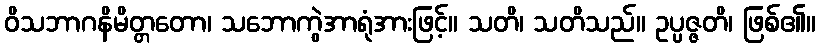
ဝိသဘာဂနိမိတ္တတော၊ သဘောကွဲအာရုံအားဖြင့်။ သတိ၊ သတိသည်။ ဥပ္ပဇ္ဇတိ၊ ဖြစ်၏။